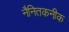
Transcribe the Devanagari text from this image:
नैनितकनीक